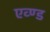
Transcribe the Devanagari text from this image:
एव्ण्ड